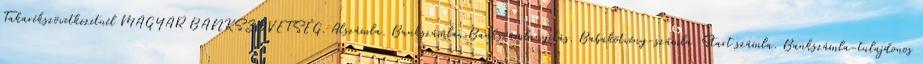
Takarékszövetkezetnél MAGYAR BANKSZÖVETSÉG. Alszámla. Bankszámla. Bankszámlanyitás. Babakötvény-számla Start számla. Bankszámla-tulajdonos